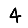
Digit: 4